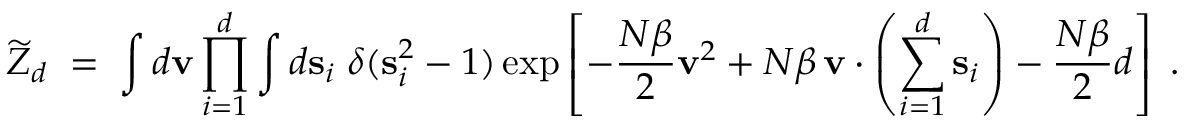
\widetilde { Z } _ { d } \; = \; \int d { \bf v } \prod _ { i = 1 } ^ { d } \int d { \bf s } _ { i } \; \delta ( { \bf s } _ { i } ^ { 2 } - 1 ) \exp \left[ - { \frac { N \beta } { 2 } } { \bf v } ^ { 2 } + N \beta \, { \bf v } \cdot \left( \sum _ { i = 1 } ^ { d } { \bf s } _ { i } \right) - { \frac { N \beta } { 2 } } d \right] \; .